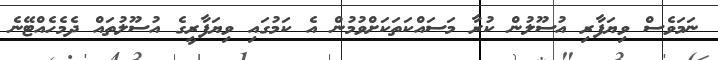
ނަމަވެސް ވިޔަފާރި އުސޫލުން ކުރާ މަސައްކަތަކަށްވުމުން އެ ކަމުގައި ވިޔަފާރީގެ އުސޫލުތައް ދެމެހެއްޓޭނެ